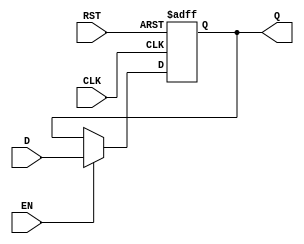
module BarrierRegister #(parameter WIDTH = 8) (
    input  wire [WIDTH-1:0] D,      // Data Input
    input  wire CLK,                // Clock
    input  wire EN,                 // Enable
    input  wire RST,                // Asynchronous Reset
    output reg  [WIDTH-1:0] Q       // Data Output
);

// Asynchronous Reset and synchronous data capture
always @(posedge CLK or posedge RST) begin
    if (RST) begin
        Q <= {WIDTH{1'b0}}; // Clear output to predefined state (usually zero)
    end else if (EN) begin
        Q <= D;             // Capture data input on clock edge if EN is high
    end
    // If EN is low, Q retains its previous value
end

endmodule